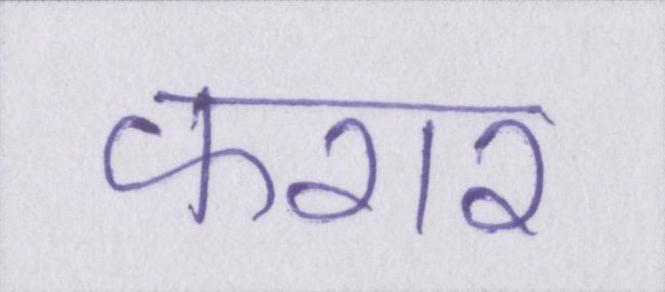
फरार